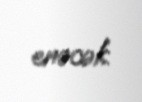
enəcək.